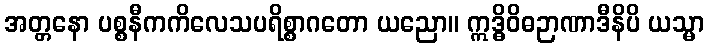
အတ္တနော ပစ္စနီကကိလေသပရိစ္စာဂတော ယညော။ ဣဒ္ဓိဝိဓဉာဏာဒီနိပိ ယသ္မာ